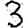
Digit: 3